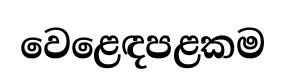
වෙළෙඳපළකම